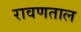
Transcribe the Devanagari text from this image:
रावणताल